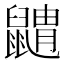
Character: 䶇